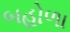
બહોળા